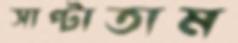
সাপ্‌টাতাম